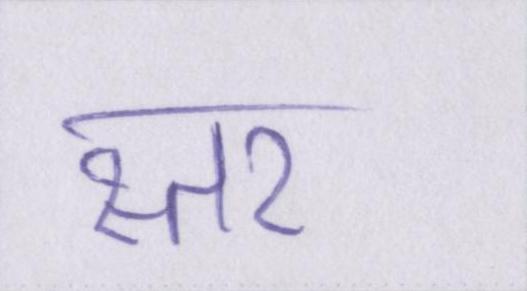
स्तर